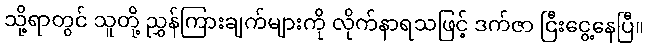
သို့ရာတွင် သူတို့ ညွှန်ကြားချက်များကို လိုက်နာရသဖြင့် ဒက်ဇာ ငြီးငွေ့နေပြီ။